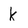
Character: k